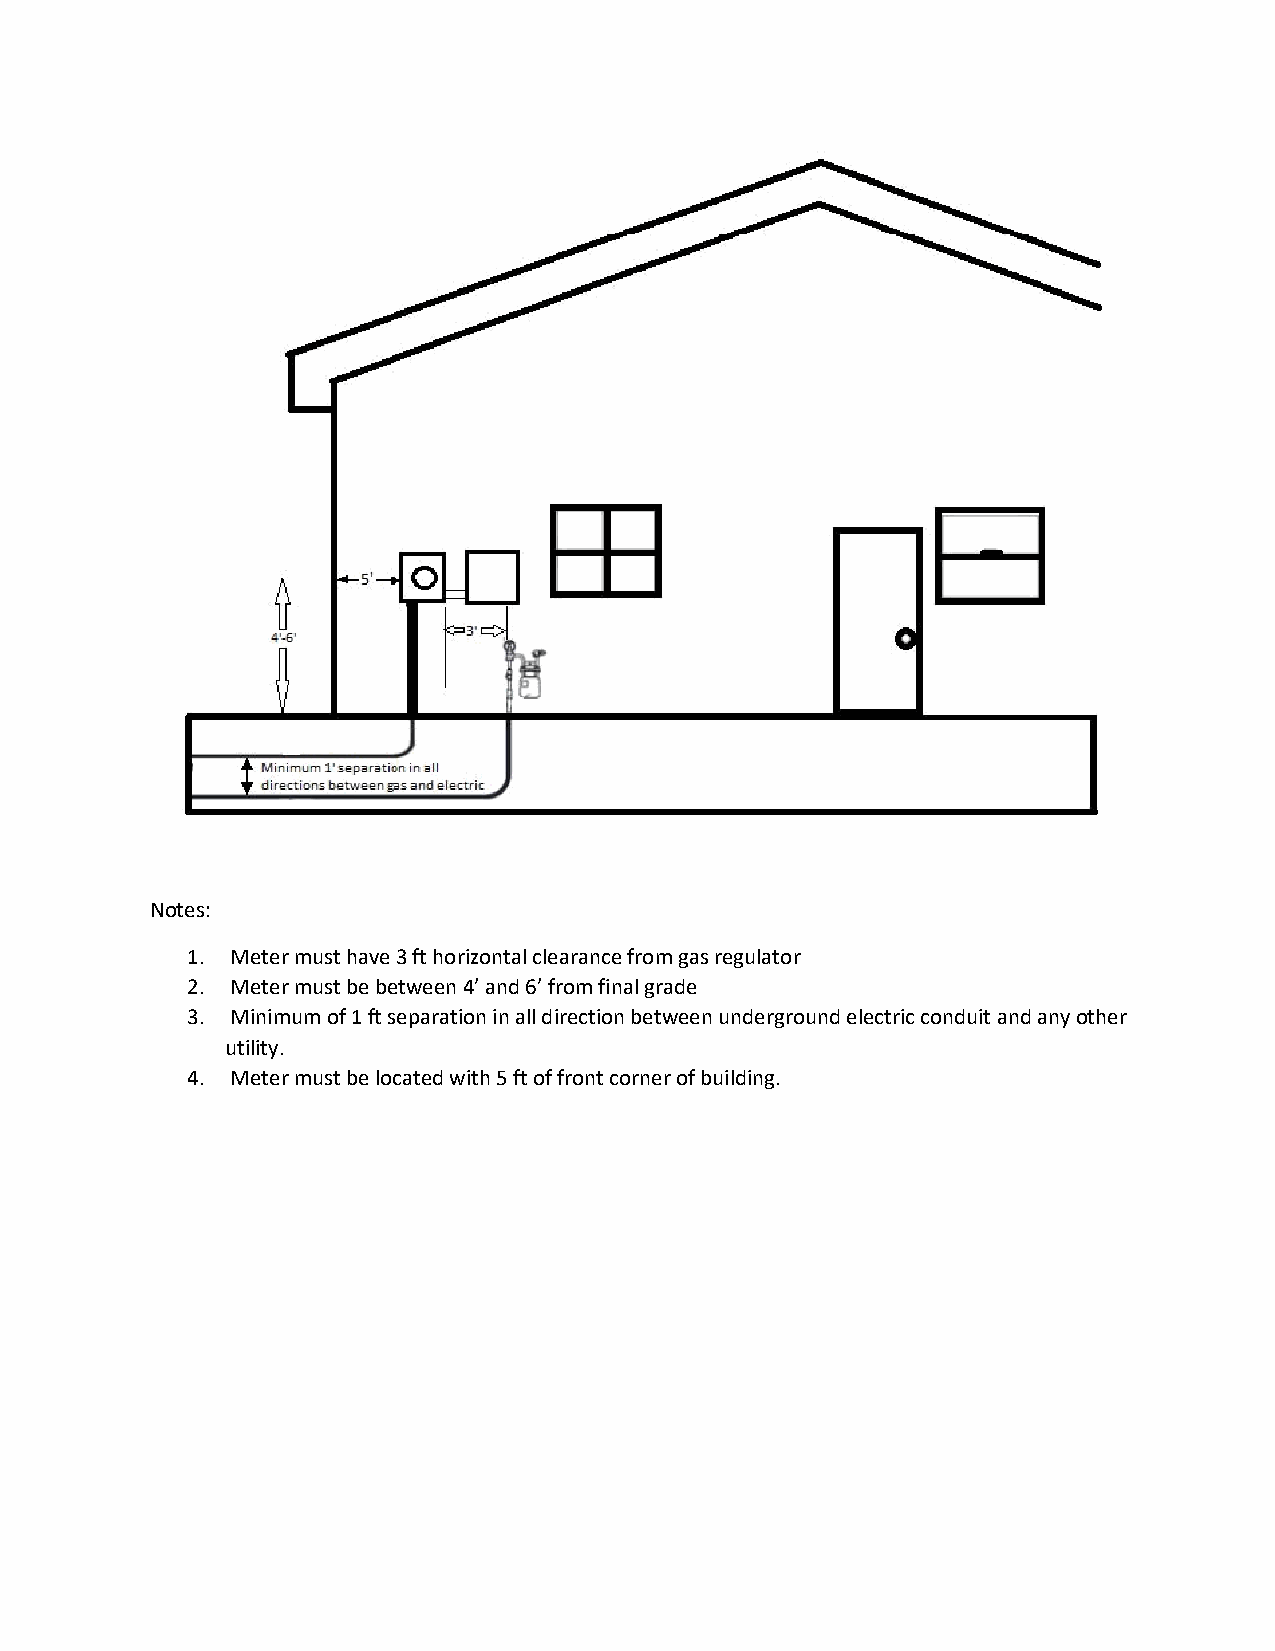
Notes:
 1. Meter must have 3 ft horizontal clearance from gas regulator
 2. Meter must be between 4’ and 6’ from final grade
 3. Minimum of 1 ft separation in all direction between underground electric conduit and any other
 utility.
 4. Meter must be located with 5 ft of front corner of building.